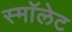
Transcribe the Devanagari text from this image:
स्माॅलेट